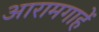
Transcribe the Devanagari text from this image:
आरामगाहें